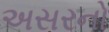
અસરનો